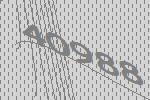
40988